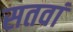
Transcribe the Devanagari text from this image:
सतवां